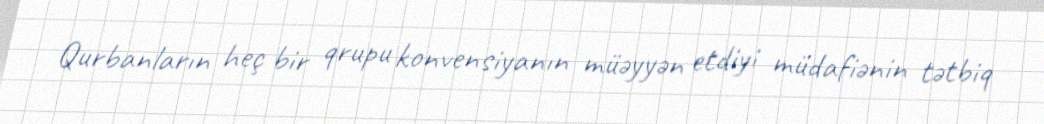
Qurbanların heç bir qrupu konvensiyanın müəyyən etdiyi müdafiənin tətbiq